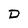
Character: D